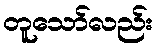
တူသော်လည်း